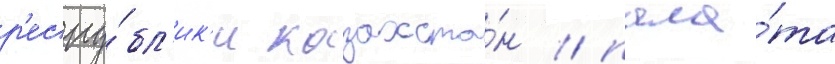
р'еспу́бл'ик'и казахста́н / пала́та